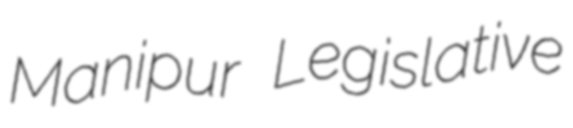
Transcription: Manipur Legislative